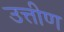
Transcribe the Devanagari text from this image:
उत्तीण